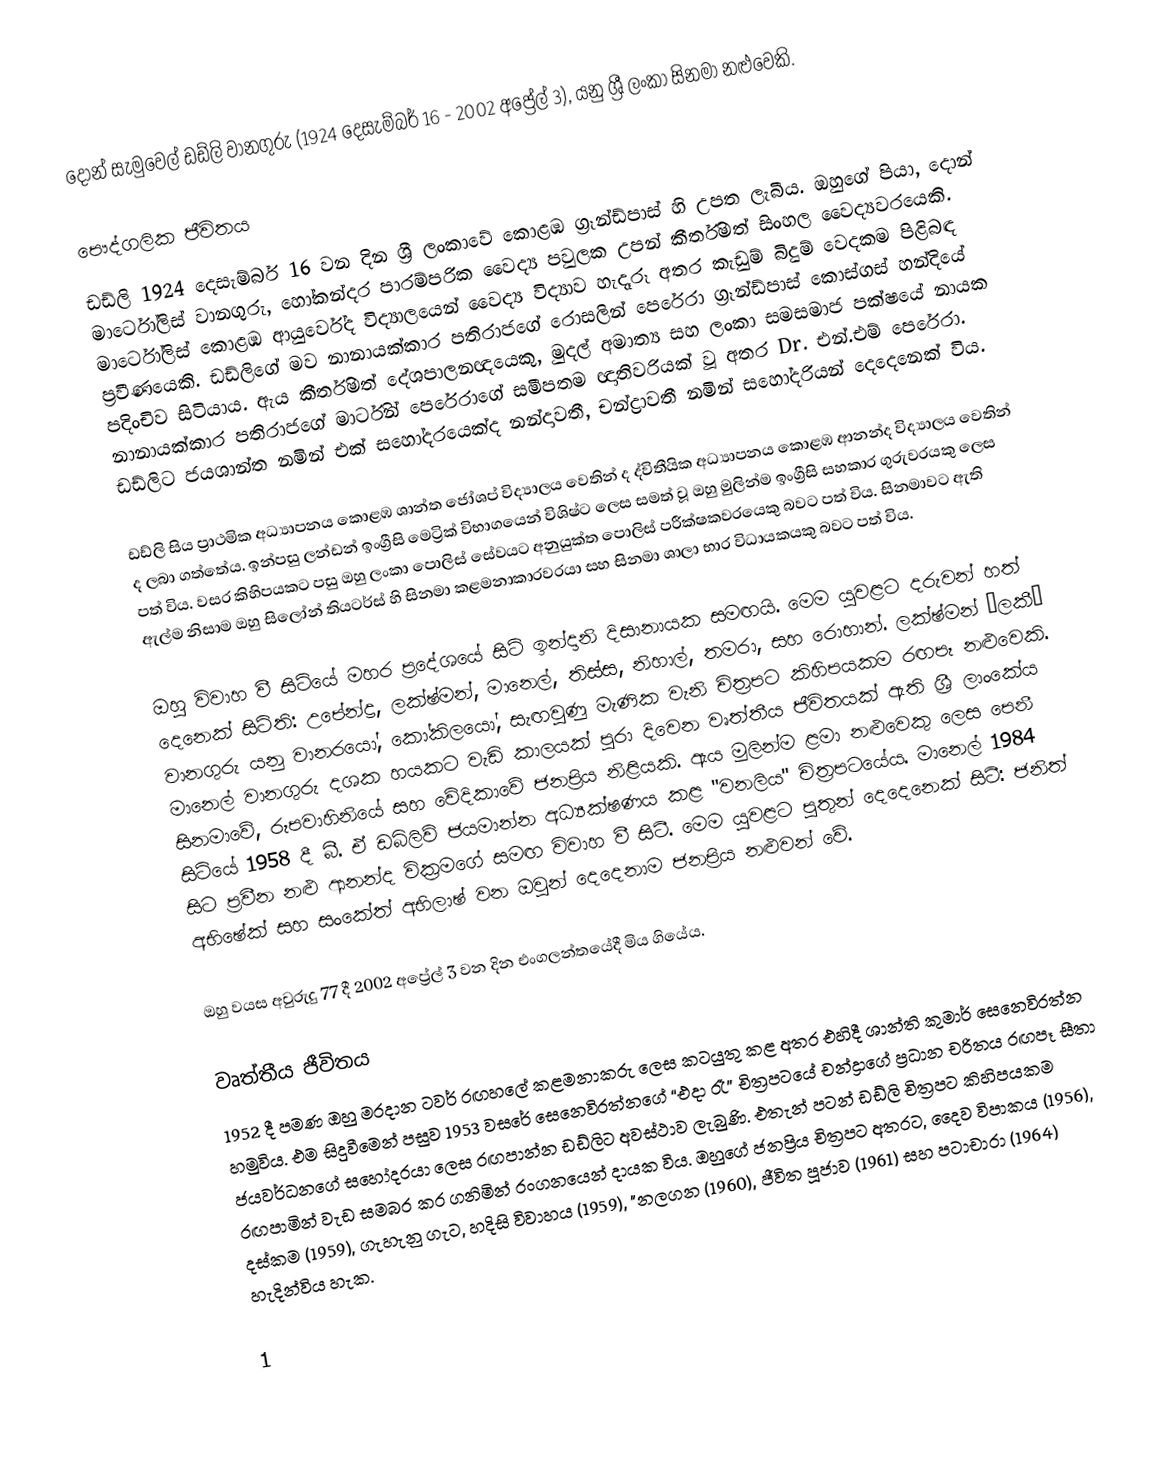
දොන් සැමුවෙල් ඩඩ්ලි වානගුරු (1924 දෙසැම්බර් 16 - 2002 අප්‍රේල් 3), යනු ශ්‍රී ලංකා සිනමා නළුවෙකි.

පෞද්ගලික ජීවිතය
ඩඩ්ලි 1924 දෙසැම්බර් 16 වන දින ශ්‍රී ලංකාවේ කොළඹ ග්‍රෑන්ඩ්පාස් හි උපත ලැබීය. ඔහුගේ පියා, දොන් මාර්ටෝලිස් වානගුරු, හෝකන්දර පාරම්පරික වෛද්‍ය පවුලක උපන් කීර්තිමත් සිංහල වෛද්‍යවරයෙකි. මාර්ටෝලිස් කොළඹ ආයුර්වේද විද්‍යාලයෙන් වෛද්‍ය විද්‍යාව හැදෑරූ අතර කැඩුම් බිදුම් වෙදකම පිළිබඳ ප්‍රවීණයෙකි. ඩඩ්ලිගේ මව නානායක්කාර පතිරාජගේ රොසලින් පෙරේරා ග්‍රෑන්ඩ්පාස් කොස්ගස් හන්දියේ පදිංචිව සිටියාය. ඇය කීර්තිමත් දේශපාලනඥයෙකු, මුදල් අමාත්‍ය සහ ලංකා සමසමාජ පක්ෂයේ නායක නානායක්කාර පතිරාජගේ මාර්ටින් පෙරේරාගේ සමීපතම ඥාතිවරියක් වූ අතර Dr. එන්.එම් පෙරේරා. ඩඩ්ලිට ජයශාන්ත නමින් එක් සහෝදරයෙක්ද නන්දාවතී, චන්ද්‍රාවතී නමින් සහෝදරියන් දෙදෙනෙක් විය.

ඩඩ්ලි සිය ප්‍රාථමික අධ්‍යාපනය කොළඹ ශාන්ත ජෝශප් විද්‍යාලය වෙතින් ද ද්විතීයික අධ්‍යාපනය කොළඹ ආනන්ද විද්‍යාලය වෙතින් ද ලබා ගත්තේය. ඉන්පසු ලන්ඩන් ඉංග්‍රීසි මෙට්‍රික් විභාගයෙන් විශිෂ්ට ලෙස සමත් වූ ඔහු මුලින්ම ඉංග්‍රීසි සහකාර ගුරුවරයකු ලෙස පත් විය. වසර කිහිපයකට පසු ඔහු ලංකා පොලිස් සේවයට අනුයුක්ත පොලිස් පරීක්ෂකවරයෙකු බවට පත් විය. සිනමාවට ඇති ඇල්ම නිසාම ඔහු සිලෝන් තියටර්ස් හි සිනමා කළමනාකාරවරයා සහ සිනමා ශාලා භාර විධායකයකු බවට පත් විය.

ඔහු විවාහ වී සිටියේ මහර ප්‍රදේශයේ සිටි ඉන්දානි දිසානායක සමඟයි. මෙම යුවළට දරුවන් හත් දෙනෙක් සිටිති: උපේන්ද්‍ර, ලක්ෂ්මන්, මානෙල්, තිස්ස, නිහාල්, තමරා, සහ රොහාන්. ලක්ෂ්මන් ‘ලකී’ වානගුරු යනු වානරයෝ, කෝකිලයෝ, සැඟවුණු මැණික වැනි චිත්‍රපට කිහිපයකම රඟපෑ නළුවෙකි. මානෙල් වානගුරු දශක හයකට වැඩි කාලයක් පුරා දිවෙන වෘත්තීය ජීවිතයක් ඇති ශ්‍රී ලාංකේය සිනමාවේ, රූපවාහිනියේ සහ වේදිකාවේ ජනප්‍රිය නිළියකි. ඇය මුලින්ම ළමා නළුවෙකු ලෙස පෙනී සිටියේ 1958 දී බී. ඒ ඩබ්ලිව් ජයමාන්න අධ්‍යක්ෂණය කළ "වනලිය" චිත්‍රපටයේය. මානෙල් 1984 සිට ප්‍රවීන නළු ආනන්ද වික්‍රමගේ සමඟ විවාහ වී සිටී. මෙම යුවළට පුතුන් දෙදෙනෙක් සිටී: ජනිත් අභිෂේක් සහ සංකේත් අභිලාෂ් වන ඔවුන් දෙදෙනාම ජනප්‍රිය නළුවන් වේ.

ඔහු වයස අවුරුදු 77 දී 2002 අප්‍රේල් 3 වන දින එංගලන්තයේදී මිය ගියේය.

වෘත්තීය ජීවිතය
1952 දී පමණ ඔහු මරදාන ටවර් රඟහලේ කළමනාකරු ලෙස කටයුතු කළ අතර එහිදී ශාන්ති කුමාර් සෙනෙවිරත්න හමුවිය. එම සිදුවීමෙන් පසුව 1953 වසරේ සෙනෙවිරත්නගේ “එදා රෑ” චිත්‍රපටයේ චන්ද්‍රාගේ ප්‍රධාන චරිතය රඟපෑ සීතා ජයවර්ධනගේ සහෝදරයා ලෙස රඟපාන්න ඩඩ්ලිට අවස්ථාව ලැබුණි. එතැන් පටන් ඩඩ්ලි චිත්‍රපට කිහිපයකම රඟපාමින් වැඩ සමබර කර ගනිමින් රංගනයෙන් දායක විය. ඔහුගේ ජනප්‍රිය චිත්‍රපට අතරට, දෛව විපාකය (1956), දස්කම (1959), ගැහැනු ගැට, හදිසි විවාහය (1959), "නලගන (1960), ජීවිත පූජාව (1961) සහ පටාචාරා (1964) හැදින්විය හැක.

1